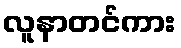
လူနာတင်ကား